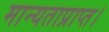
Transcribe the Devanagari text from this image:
मान्यताप्राप्त।